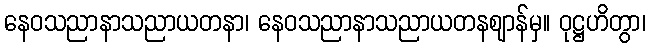
နေဝသညာနာသညာယတနာ၊ နေဝသညာနာသညာယတနဈာန်မှ။ ဝုဋ္ဌဟိတွာ၊